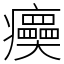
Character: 㿙